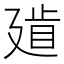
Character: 𢌨